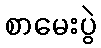
စာမေးပွဲ